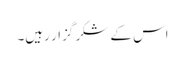
اس کے شکر گزار رہیں۔